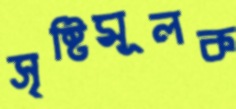
সৃষ্টিমূলক